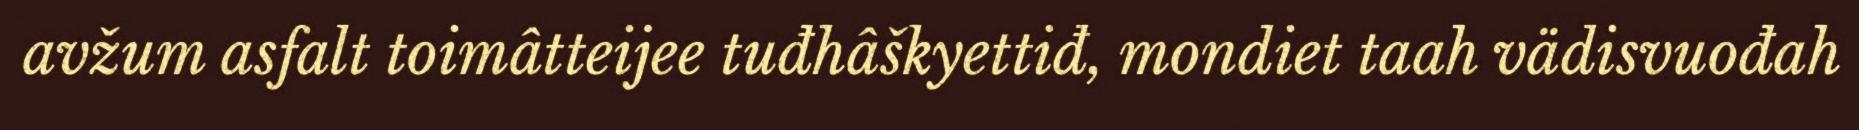
avžum asfalt toimâtteijee tuđhâškyettiđ, mondiet taah vädisvuođah